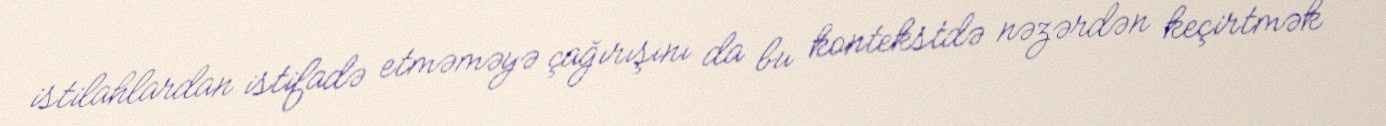
istilahlardan istifadə etməməyə çağırışını da bu kontekstdə nəzərdən keçirtmək